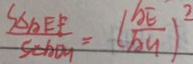
\frac { S _ { \Delta A E F } } { S _ { \Delta A D G } } = ( \frac { A E } { A G } ) ^ { 2 }